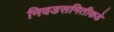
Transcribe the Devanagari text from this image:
निवडसमितीकडे